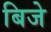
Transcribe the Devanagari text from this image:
बिजे